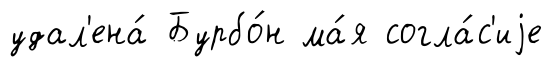
удал'ена́ Бурбо́н ма́я согла́с'иjе